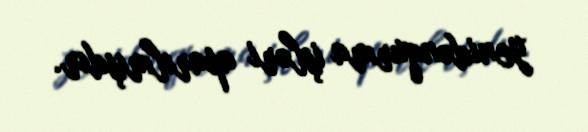
yenidənqurma işləri aparılmışdır.